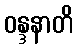
ဝန္ဒနာတိ